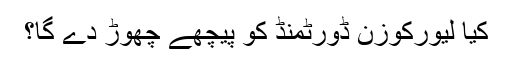
کیا لیورکوزن ڈورٹمنڈ کو پیچھے چھوڑ دے گا؟